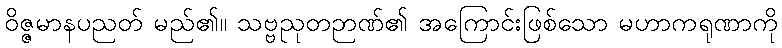
ဝိဇ္ဇမာနပညတ် မည်၏။ သဗ္ဗညုတဉာဏ်၏ အကြောင်းဖြစ်သော မဟာကရုဏာကို